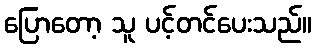
ပြောတော့ သူ ပင့်တင်ပေးသည်။